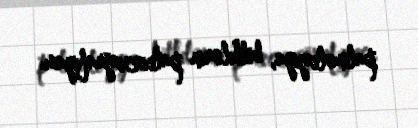
palinologiya, bitkilərin paleocoğrafiyası.